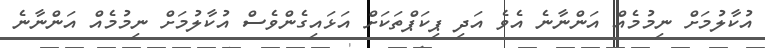
އުކާލުމަށް ނިމުމެއް އަންނާނެ އެވެ އަދި ޕިކަޕްތަކަށް އަޅައިގެންވެސް އުކާލުމަށް ނިމުމެއް އަންނާނެ